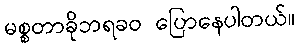
မစ္စတာခိုဘရခဝ ပြောနေပါတယ်။